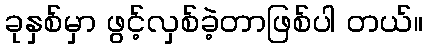
ခုနှစ်မှာ ဖွင့်လှစ်ခဲ့တာဖြစ်ပါ တယ်။